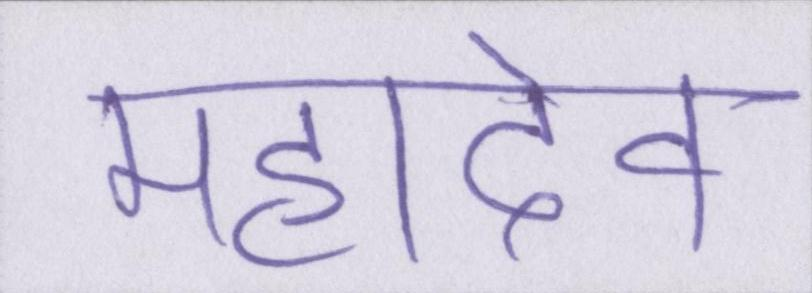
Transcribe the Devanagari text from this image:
महादेव